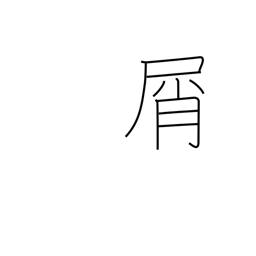
Meaning: waste